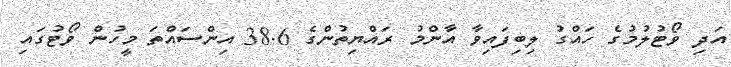
އަދި ވޯޓުލުމުގެ ހައްގު ލިބިފައިވާ އާންމު ރައްޔިތުންގެ 38.6 އިންސައްތަ މީހުން ވޯޓުގައި